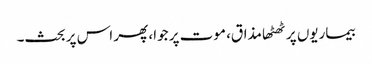
بیماریوں پر ٹھٹھا مذاق، موت پر جوا، پھر اس پر بحث۔